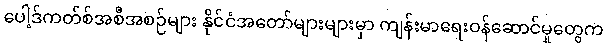
ပေါ့ဒ်ကတ်စ်အစီအစဉ်များ နိုင်ငံအတော်များများမှာ ကျန်းမာရေးဝန်ဆောင်မှုတွေက